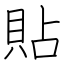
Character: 貼